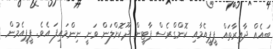
ބައެއް ދާއިރާތައް ޕީޕީއެމާއި ކޮންގްރެސް ޕާޓީން ދޫކޮށްލަން ވަނީ ނިންމައިފަ އެވެ. ޕީޕީއެމުން